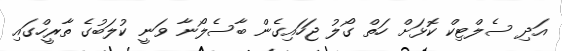
އަދި ސެލްޓިކް ކޮޅަށް ހަތް ގޯލު ޖަހައިގެން ބާސެލޯނާ ވަނީ ކުލަބުގެ ތާރީހްގައި